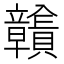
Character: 𧹉